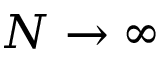
N \to \infty